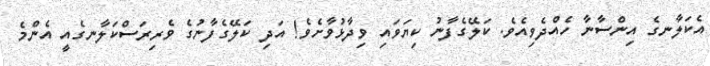
އެކަލާނގެ އިންސާނާ ހެއްދެވިއެވެ. ކަލޭގެފާނު ކިޔަވައި ވިދާޅުވާށެވެ! އަދި ކަލޭގެފާނުގެ ވެރިރަސްކަލާނގެއީ އެންމެ